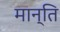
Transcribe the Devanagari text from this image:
मान्ति